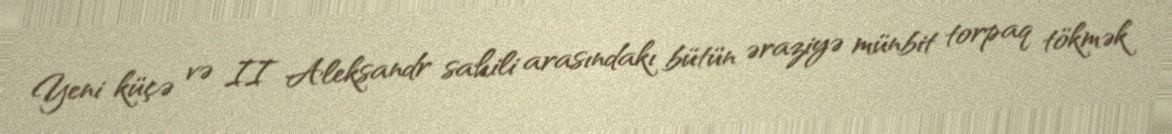
Yeni küçə və II Aleksandr sahili arasındakı bütün əraziyə münbit torpaq tökmək